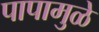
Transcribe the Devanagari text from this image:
पापामुळे